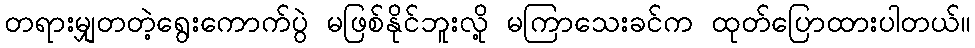
တရားမျှတတဲ့ရွေးကောက်ပွဲ မဖြစ်နိုင်ဘူးလို့ မကြာသေးခင်က ထုတ်ပြောထားပါတယ်။